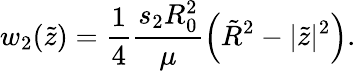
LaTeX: w_{2}(\tilde{z})=\frac{1}{4}\frac{s_{2}R_{0}^{2}}{\mu}\left(\tilde{R}^{2}-|\tilde{z}|^{2}\right).